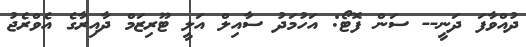
ދުއްވާފަ ދަނީ-- ސަން ފޮޓޯ: އަހުމަދު ސާއިލް އަލީ ޓޫރިޒަމް ދާއިރާގެ އެވްރެޖު